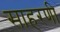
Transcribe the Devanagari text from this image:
साहरणी